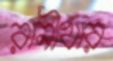
রানীখার